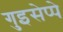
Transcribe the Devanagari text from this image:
गुइसेप्पे